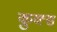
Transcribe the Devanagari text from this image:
कुक्स